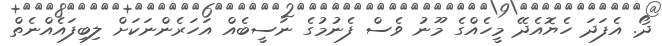
ދޯ. އެފަދަ ހެޔޮއެދޭ މީހެއްގެ މޫނު ވެސް ފެނުމުގެ ނަސީބެއް އަހަރެންނަކަށް ލިބިފައެއްނެތް